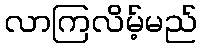
လာကြလိမ့်မည်